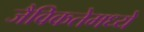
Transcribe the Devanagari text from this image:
जैविकतेमध्ये